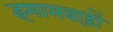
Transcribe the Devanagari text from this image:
इमामबाड़ों